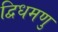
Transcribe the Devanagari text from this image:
द्विधमणु